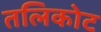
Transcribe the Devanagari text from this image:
तलिकोट